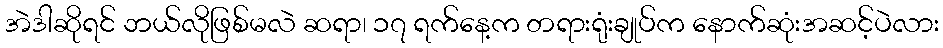
အဲဒါဆိုရင် ဘယ်လိုဖြစ်မလဲ ဆရာ၊ ၁၇ ရက်နေ့က တရားရုံးချုပ်က နောက်ဆုံးအဆင့်ပဲလား